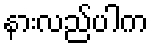
နားလည်ပါက